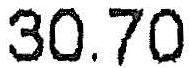
30.70